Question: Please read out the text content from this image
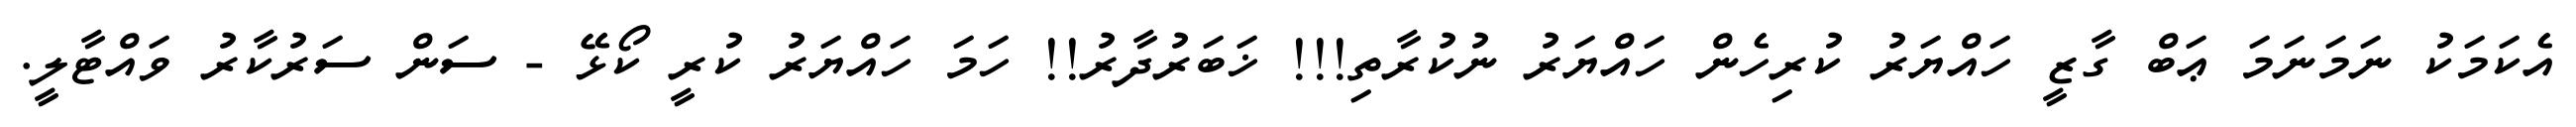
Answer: އެކަމަކު ނަމަނަމަ ޢަބް ގާޒީ ހައްޔަރު ކުރިހެން ހައްޔަރު ނުކުރާތި!!! ޚަބަރުދާރު!! ހަމަ ހައްޔަރު ކުރީ ކޯޅޭ - ސަން ސަރުކާރު ވައްޓާލީ.